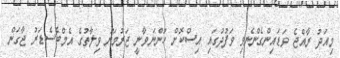
މިއަދު ރާއްޖެ ވަޑައިންގެންނެވި ވަފުދުގައި އިސްކޮށް ހުންނަވާނީ ޖަރުމަނު ވިލާތުގެ އެމްބެސެޑަރު ޖާގަން